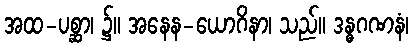
အထ-ပစ္ဆာ၊ ၌။ အနေန-ယောဂိနာ၊ သည်။ ဒန္ဓဂဏနံ၊